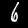
Label: 6